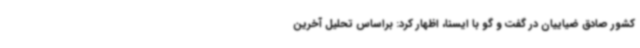
کشور صادق ضیاییان در گفت و گو با ایسنا، اظهار کرد: براساس تحلیل آخرین